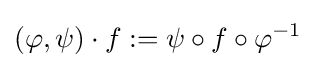
(\varphi ,\psi )\cdot f:=\psi \circ f\circ \varphi ^{-1}